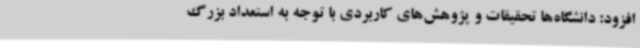
افزود: دانشگاه‌ها تحقیقات و پژوهش‌های کاربردی با توجه به استعداد بزرگ